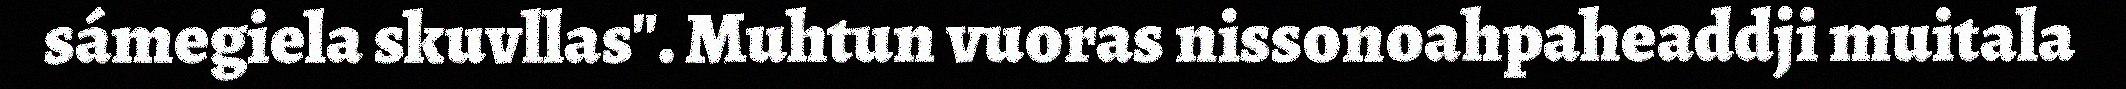
sámegiela skuvllas". Muhtun vuoras nissonoahpaheaddji muitala